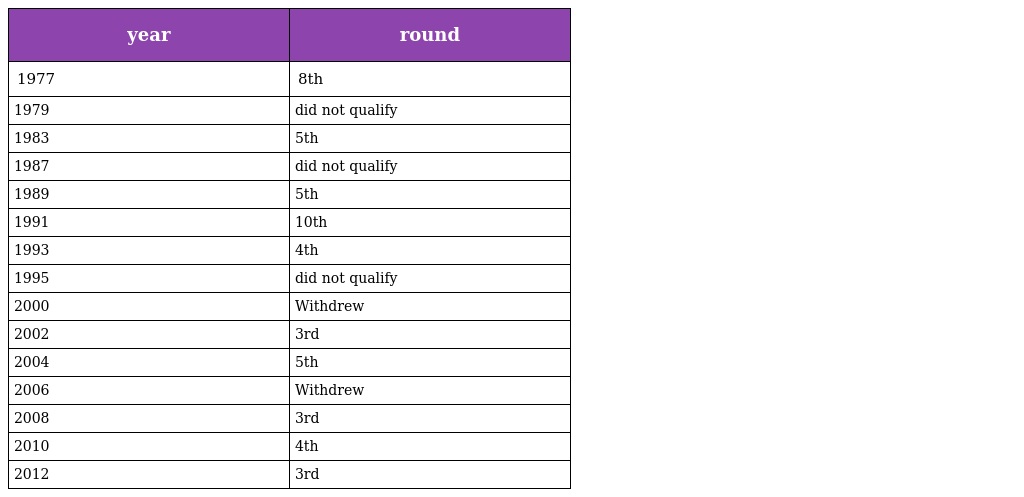
| year | round |
 | --- | --- |
 | 1977 | 8th |
 | 1979 | did not qualify |
 | 1983 | 5th |
 | 1987 | did not qualify |
 | 1989 | 5th |
 | 1991 | 10th |
 | 1993 | 4th |
 | 1995 | did not qualify |
 | 2000 | Withdrew |
 | 2002 | 3rd |
 | 2004 | 5th |
 | 2006 | Withdrew |
 | 2008 | 3rd |
 | 2010 | 4th |
 | 2012 | 3rd |